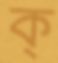
ক্